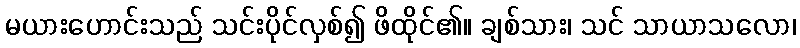
မယားဟောင်းသည် သင်းပိုင်လှစ်၍ ဖိထိုင်၏။ ချစ်သား၊ သင် သာယာသလော၊